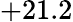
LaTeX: +21.2